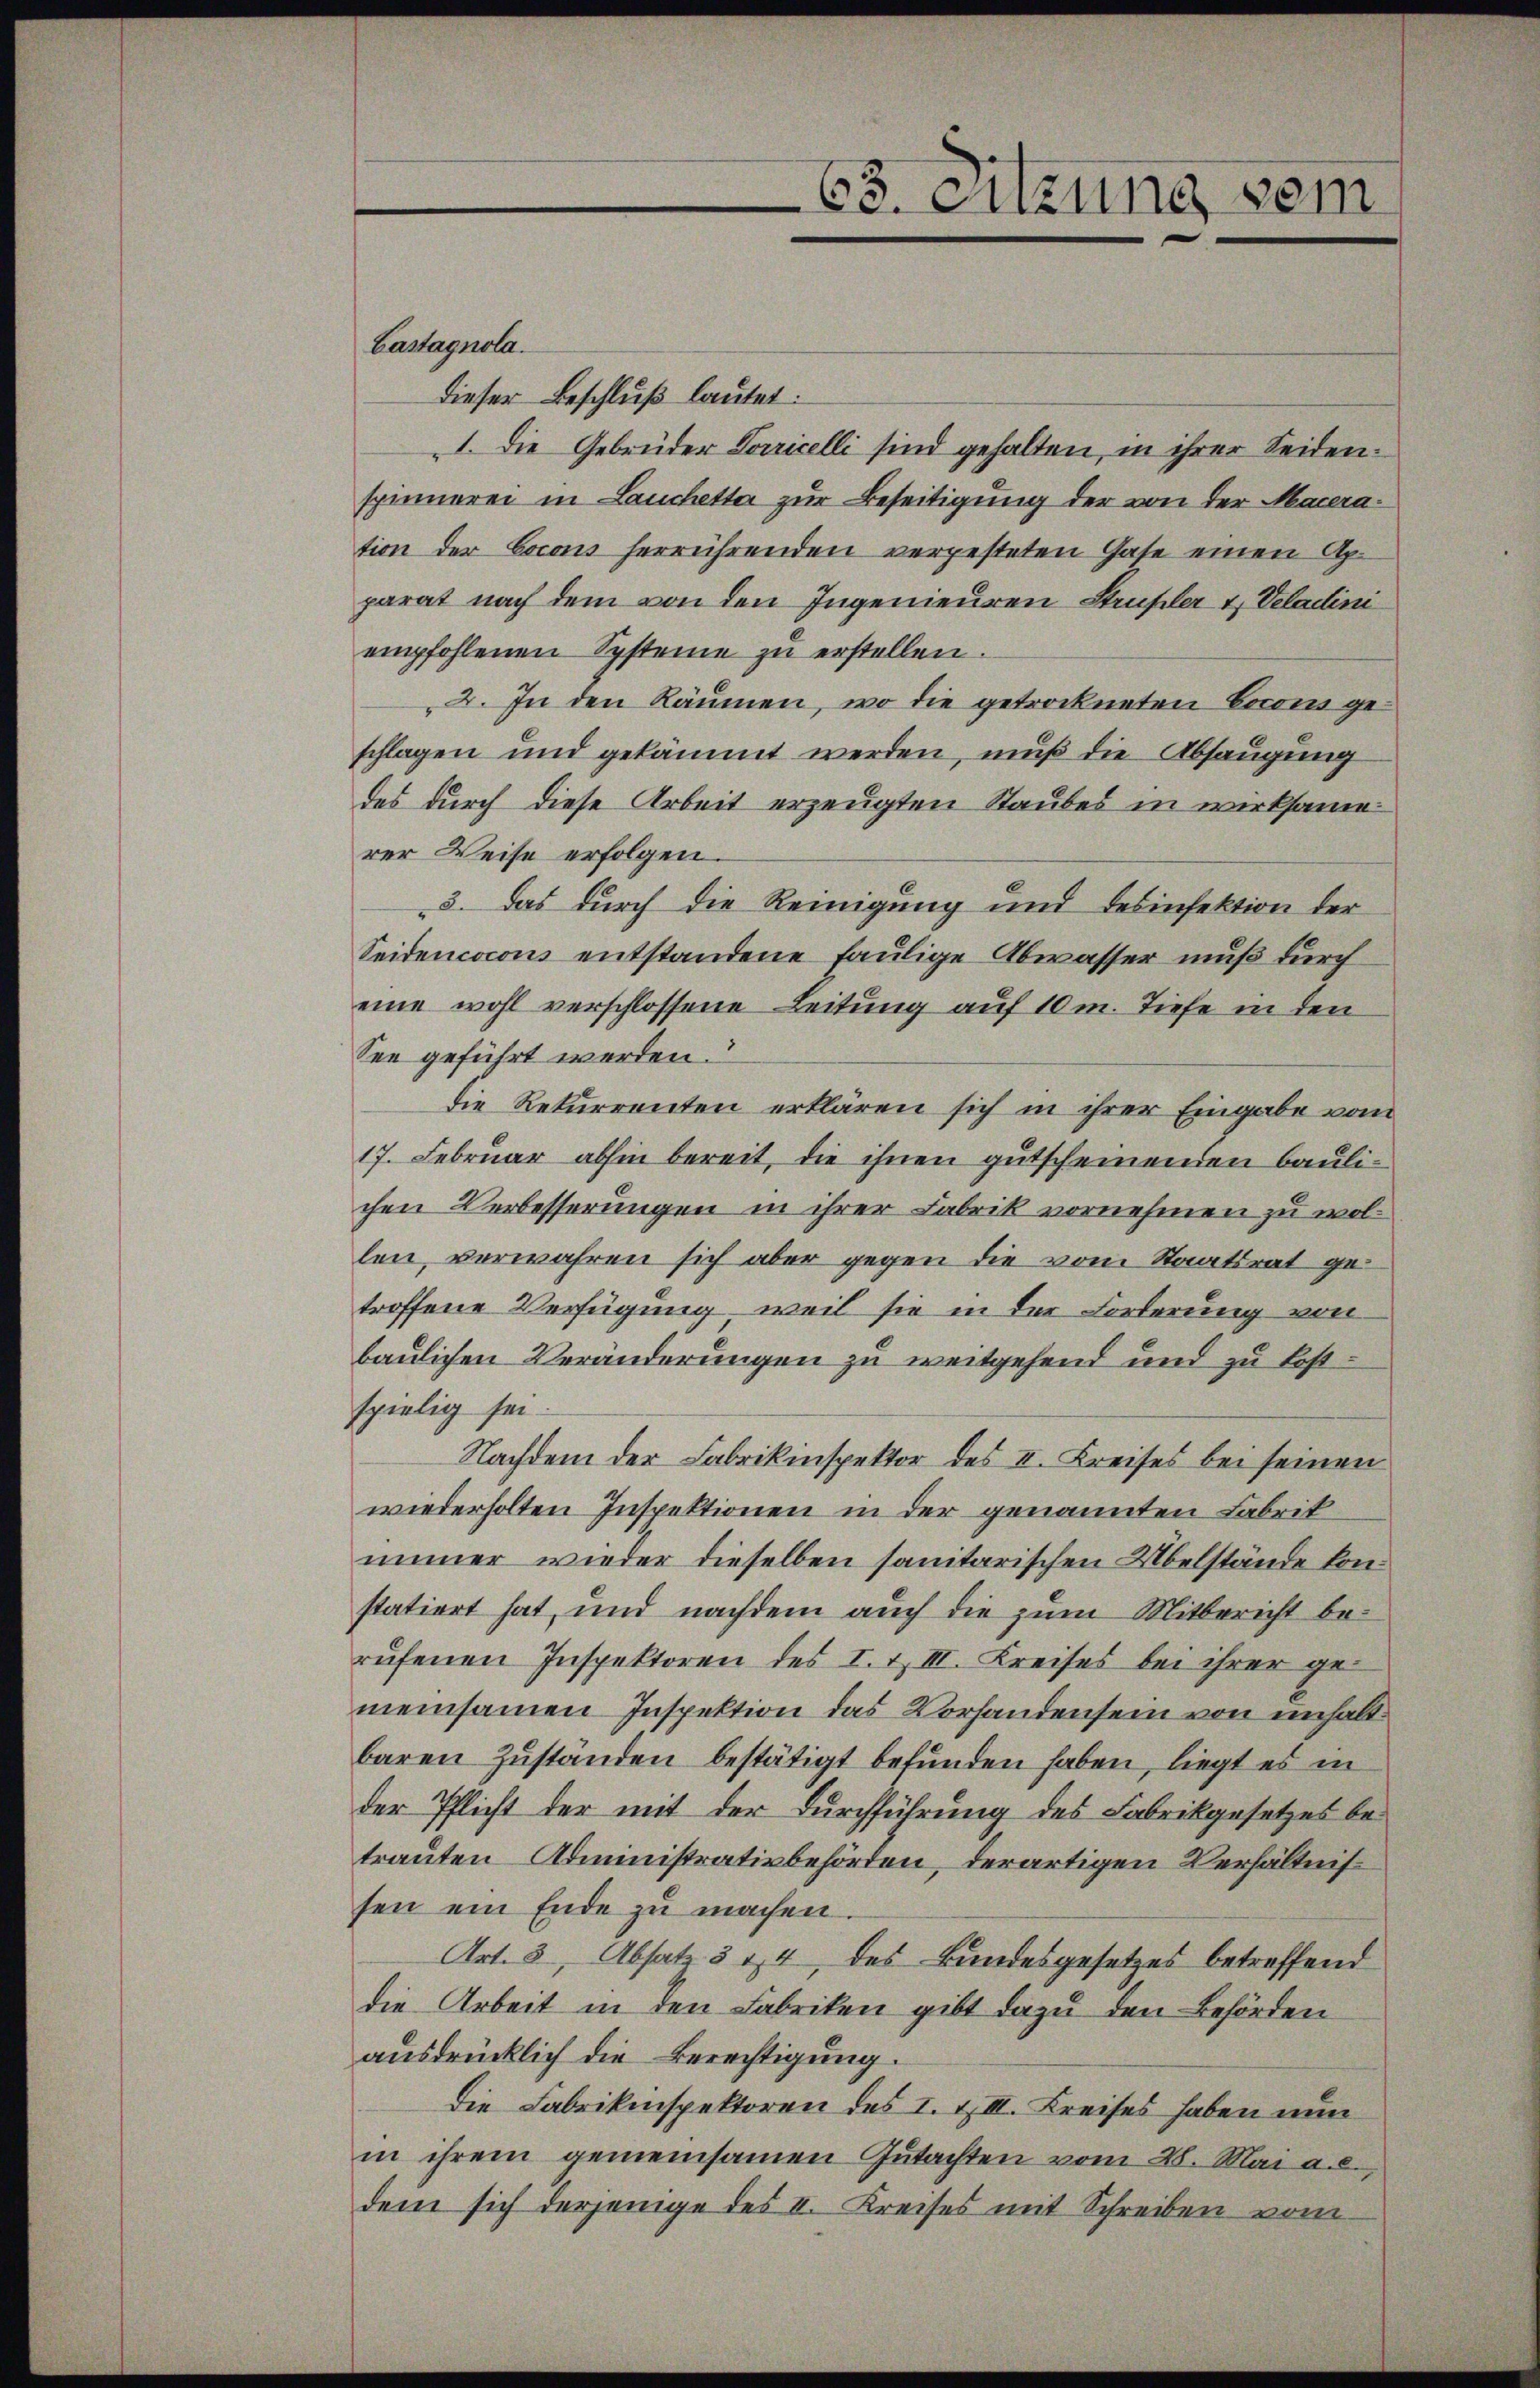
Bastagnola.
dieser Beschluß lautet:
I. Die Gebrüder Vorricelli sind gehalten, in ihrer Seidenspinnerei in Lauchetta zur Beseitigung der von der Maceration der Cocons herrührenden vergesteten Gase einen Apparat nach dem von den Ingenieuren Strupler u Veladini
empfohlenen Systeine zu erstellen.
2. In den Räumen, wo die getrockneten Cocons geschlagen und gekämmt werden, muß die Absaugung
des durch diese Arbeit erzeugten Staubes in wirksame
rer Weise erfolgen.
3. Das durch die Reinigung und desinfektion der
Seidencocons entstandene faulige Abwasser muß durch
eine wohl verschlossene Leitung auf 10 m. Tiefe in den
See geführt werden.
die Rekurrenten erklären sich in ihrer Eingabe vom
17. Februar abhin bereit, die ihnen gutscheinenden baulichen Verbesserungen in ihrer Fabrik vornehmen zu wollen, verwahren sich aber gegen die vom Staatsrat getroffene Verfügung, weil sie in der Forderung von
baulichen Veränderungen zu weitgehend und zu kostspielig sei.
Nachdem der Fabrikinspektor des II. Kreises bei seinen
wiederholten Inspektionen in der genannten Fabrik
immer wieder dieselben sanitarischen Übelstände konstatiert hat, und nachdem auch die zum Mitbericht berŭfenen Inspektoren des I. & III. Kreises bei ihrer gemeinsamen Inspektion das Vorhandensein von unhalt.
baren Zŭständen bestätigt befŭnden haben, liegt es in
der Pflicht der mit der Durchführung des Fabrikgesetzes betrauten Administrativbehörden, derartigen Verhältnis
sen ein Ende zu machen.
Art. 3, Absatz 3 & 4 des Bundesgesetzes betreffend
die Arbeit in den Fabriken gibt dazu den Behörden
ausdrücklich die Berechtigung.
Die Fabrikinspektoren des I. & III. Kreises haben nun
in ihrem gemeinsamen Gutachten vom 28. Mai a.c.
dem sich derjenige des I. Kreises mit Schreiben vom

63. Sitzung vom